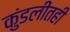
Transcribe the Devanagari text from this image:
कुंडलीतही